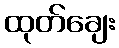
ထုတ်ချေး